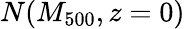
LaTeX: N(M_{500},z=0)